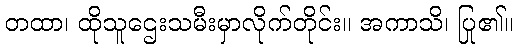
တထာ၊ ထိုသူဌေးသမီးမှာလိုက်တိုင်း။ အကာသိ၊ ပြု၏။